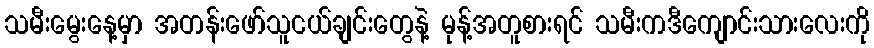
သမီးမွေးနေ့မှာ အတန်းဖော်သူငယ်ချင်းတွေနဲ့ မုန့်အတူစားရင် သမီးကဒီကျောင်းသားလေးကို